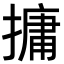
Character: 𪮧